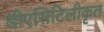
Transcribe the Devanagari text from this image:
डीएसिटिलीकृत